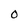
Character: O